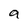
Character: a